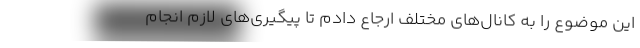
این موضوع را به کانال‌های مختلف ارجاع دادم تا پیگیری‌های لازم انجام